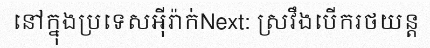
នៅក្នុងប្រទេសអ៊ីរ៉ាក់Next: ស្រវឹងបើករថយន្ត